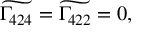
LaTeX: \widetilde { \Gamma _ { 4 2 4 } } = \widetilde { \Gamma _ { 4 2 2 } } = 0 ,